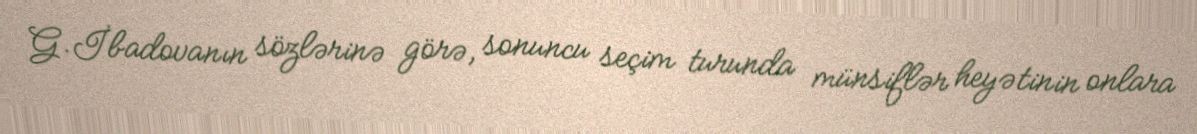
G.İbadovanın sözlərinə görə, sonuncu seçim turunda münsiflər heyətinin onlara